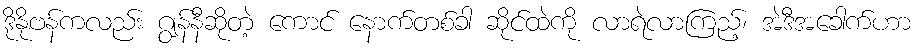
ဒိုနိုဗန်ကလည်း ဂျွန်နီဆိုတဲ့ ကောင် နောက်တစ်ခါ ဆိုင်ထဲကို လာရဲလာကြည့်၊ အဲဒီအခေါက်ဟာ